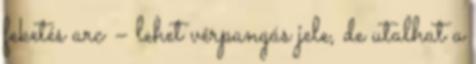
feketés arc – lehet vérpangás jele, de utalhat a